Annual administration report of the Civil Veterinary Department of India - 1909-1910
Year: 1909
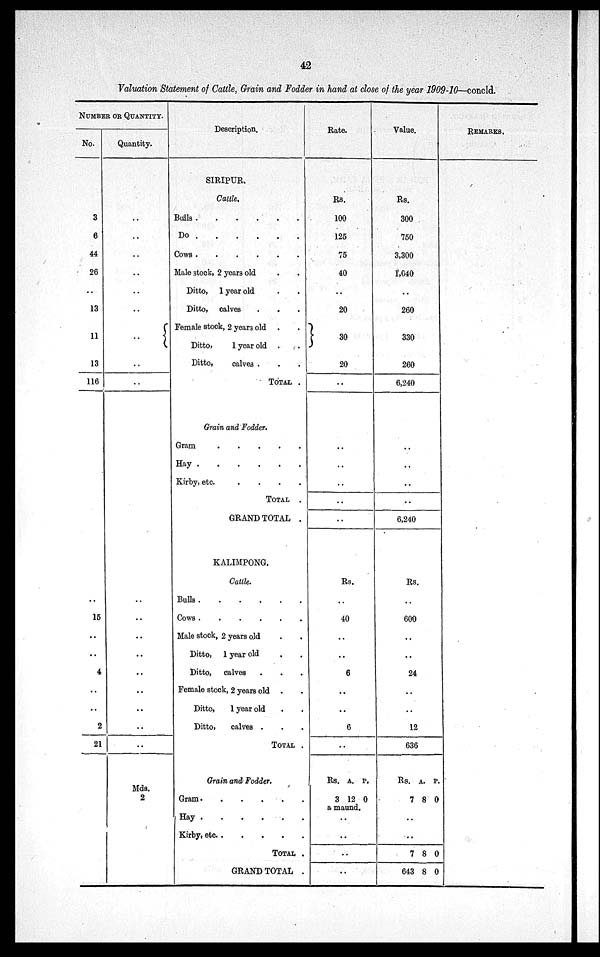
42
Valuation Statement of Cattle, Grain and Fodder in hand at close of the year 1909-10—concld.
NUMBER OR QUANTITY.
No.
3
6
44
26
..
13
11
13
116
..
15
..
..
4
..
..
2
21
Quantity.
..
..
..
..
..
..
..
..
..
..
..
..
..
..
..
..
..
..
Mds.
2
Description.
SIRIPUR.
Cattle.
Bulls
.
.
.
.
.
.
Do
.
.
.
.
.
.
Cows
.
.
.
.
.
.
Male stock, 2 years old . .
Ditto, 1 year old . .
Ditto, calves . . .
Female stock, 2 years old . .
Ditto,
1 year old . .
Ditto, calves . . .
TOTAL .
Grain and Fodder.
Gram
.
.
.
.
.
Hay
.
.
.
.
.
.
Kirby, etc.
.
.
.
.
TOTAL
.
GRAND TOTAL .
KALIMPONG.
Cattle.
Bulls
.
.
.
.
.
.
Cows
.
.
.
.
.
.
Male stock, 2 years old . .
Ditto, 1 year old . .
Ditto, calves . . .
Female stock, 2 years old . .
Ditto,
1 year old . .
Ditto,
calves . . .
TOTAL .
Grain and Fodder.
Gram
.
.
.
.
.
.
Hay
.
.
.
.
.
.
Kirby, etc.
.
.
.
.
.
TOTAL .
GRAND TOTAL .
Rate.
Rs.
100
125
75
40
..
20
30
20
..
..
..
..
..
..
Rs.
..
40
..
..
6
..
..
6
..
Rs.
3
A.
12
P.
0
a maund.
..
..
..
..
Value.
Rs.
300
750
3,300
1,040
..
260
330
260
6,240
..
..
..
..
6,240
Rs.
..
600
..
..
24
..
..
12
636
Rs.
7
A.
8
P.
0
..
..
7
643
8
8
0
0
REMARKS.